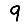
Digit: 9